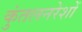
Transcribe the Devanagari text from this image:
कुंतलनरेशों